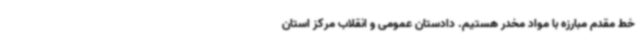
خط مقدم مبارزه با مواد مخدر هستیم. دادستان عمومی و انقلاب مرکز استان